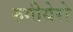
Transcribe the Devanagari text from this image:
रुगीयेरो